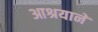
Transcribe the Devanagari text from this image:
आश्रयानें